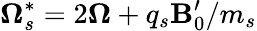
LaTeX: {\boldsymbol\Omega_{s}^{*}=2\boldsymbol\Omega+q_{s}\mathbf B_{0}^{\prime}/m_{s}}